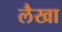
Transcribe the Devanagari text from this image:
लैखा